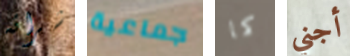
شرائه جماعية كما أجني